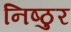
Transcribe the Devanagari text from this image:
निष्‍ठुर